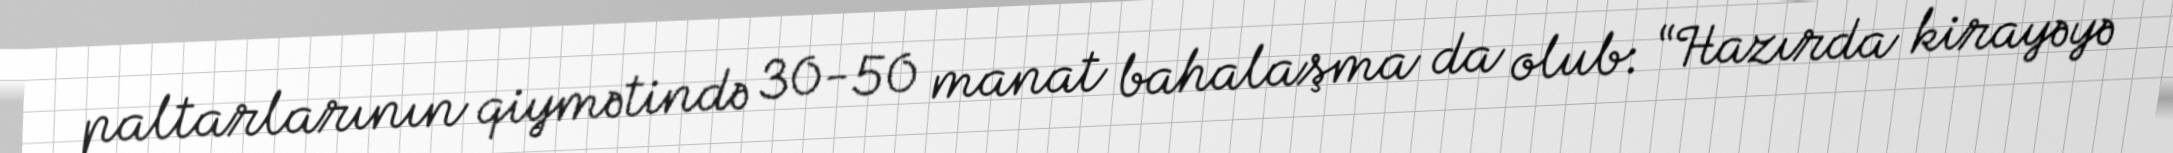
paltarlarının qiymətində 30-50 manat bahalaşma da olub: “Hazırda kirayəyə